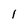
Character: 1